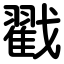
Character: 戳